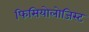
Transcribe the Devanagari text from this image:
फिसियोलोजिस्ट